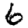
Digit: 6